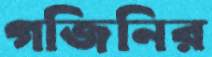
গজিনির